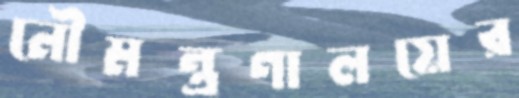
নৌমন্ত্রণালয়ের